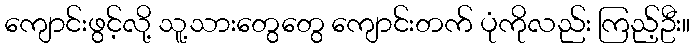
ကျောင်းဖွင့်လို့ သူ့သားတွေတွေ ကျောင်းတက် ပုံကိုလည်း ကြည့်ဦး။